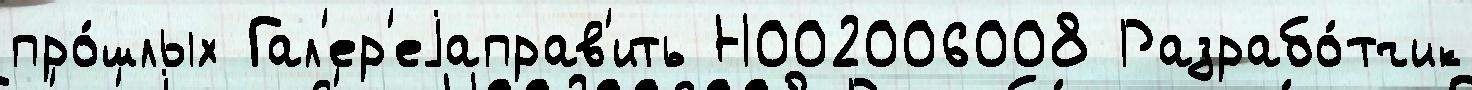
про́шлых Гал'ер'еjаправ'ить Н002006008 Разрабо́тчик